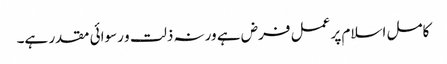
کامل اسلام پر عمل فرض ہے ورنہ ذلت و رسوائی مقدر ہے۔